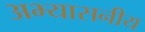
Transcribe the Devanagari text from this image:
अभ्यासनीय